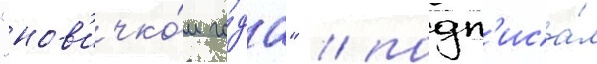
"нов'ичко́м го́да" / подп'иса́л